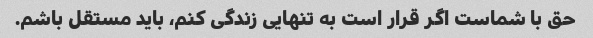
حق با شماست اگر قرار است به تنهایی زندگی کنم، باید مستقل باشم.